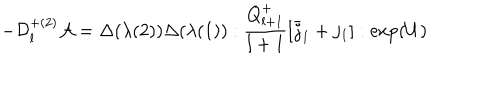
LaTeX: - { \cal D } _ { l } ^ { + ( 2 ) } { \cal A } = \Delta ( \lambda ( 2 ) ) \Delta ( \lambda ( 1 ) ) : \frac { Q _ { l + 1 } ^ { + } } { l + 1 } [ \bar { j } _ { 1 } + j _ { 1 } ] : \exp ( U )